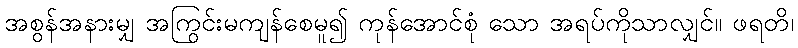
အစွန်အနားမျှ အကြွင်းမကျန်စေမူ၍ ကုန်အောင်စုံ သော အရပ်ကိုသာလျှင်။ ဖရတိ၊